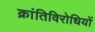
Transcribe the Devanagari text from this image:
क्रांतिविरोधियों